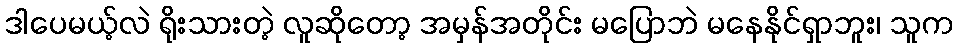
ဒါပေမယ့်လဲ ရိုးသားတဲ့ လူဆိုတော့ အမှန်အတိုင်း မပြောဘဲ မနေနိုင်ရှာဘူး၊ သူက